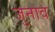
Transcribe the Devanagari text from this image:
जुनाव